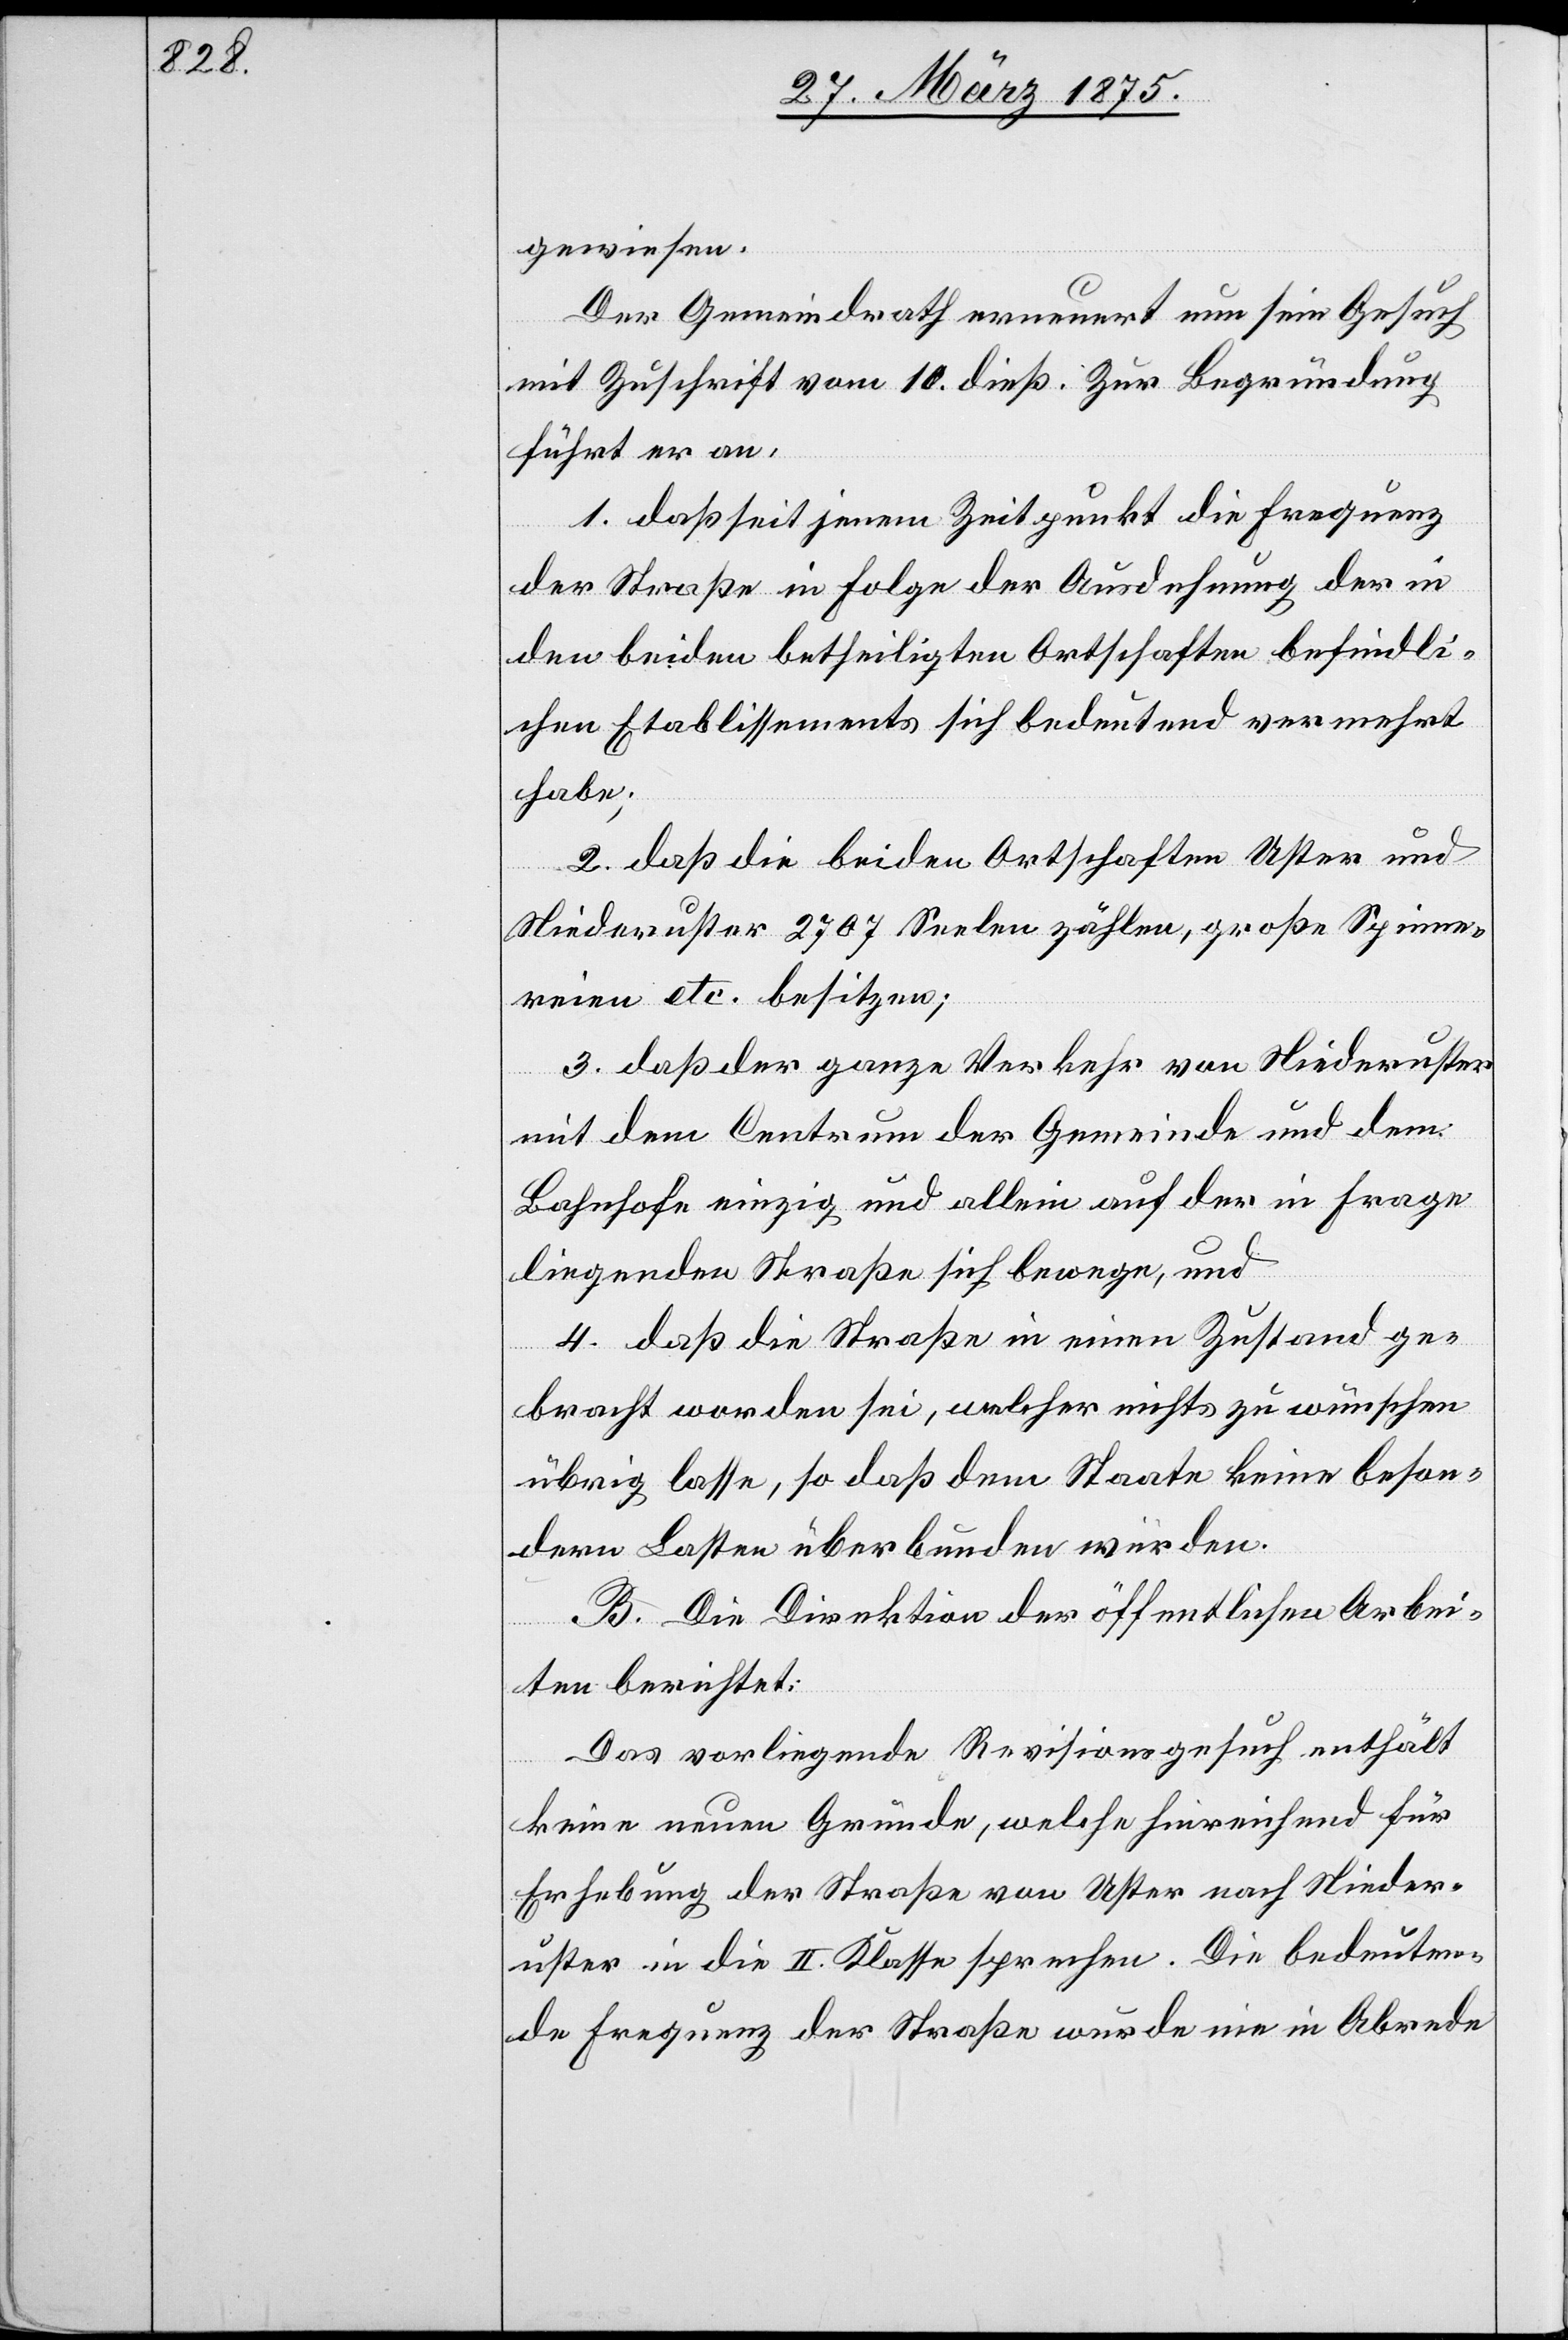
gewiesen.
Der Gemeindrath erneuert nun sein Gesuch
mit Zuschrift vom 10. dieß. Zur Begründung
führt er an,
1. daß seit jenem Zeitpunkt die Frequenz
der Straße in Folge der Ausdehnung der in
den beiden betheiligten Ortschaften befindli¬
chen Etablissements sich bedeutend vermehrt
habe;
2. daß die beiden Ortschaften Uster und
Niederuster 2707 Seelen zählen, große Spinne¬
reien etc. besitzen;
3. daß der ganze Verkehr von Niederuster
mit dem Centrum der Gemeinde und dem
Bahnhofe einzig und allein auf der in Frage
liegenden Straß sich bewege, und
4. daß die Straße in einen Zustand ge¬
bracht worden sei, welcher nichts zu wünschen
übrig lasse, so daß dem Staate keine beson¬
dern Lasten überbunden würden.
B. Die Direktion der öffentlichen Arbei¬
ten berichtet:
Das vorliegende Revisionsgesuch enthält
keine neuen Gründe, welche hinreichend für
Erhebung der Straße von Uster nach Nieder¬
uster in die II. Klasse sprechen. Die bedeuten¬
de Frequenz der Straße wurde nie in Abrede